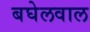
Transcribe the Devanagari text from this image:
बघेलवाल